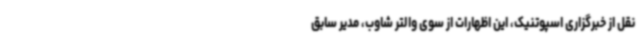
نقل از خبرگزاری اسپوتنیک، این اظهارات از سوی والتر شاوب، مدیر سابق